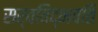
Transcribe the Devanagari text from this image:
सर्वविद्भवति